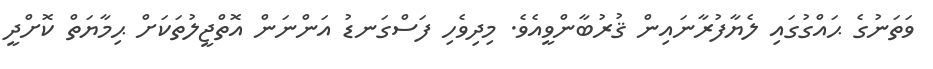
ވަތަނުގެ ޙައްގުގައި ލެޔާފުރާނައިން ޤުރުބާންވީއެވެ. މިދިވެހި ފަސްގަނޑު އަންނަން އޮތްޖީލުތަކަށް ޙިމާޔަތް ކޮށްދީ